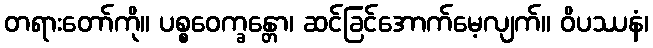
တရားတော်ကို။ ပစ္စဝေက္ခန္တော၊ ဆင်ခြင်အောက်မေ့လျက်။ ဝိပဿနံ၊